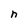
Character: n